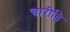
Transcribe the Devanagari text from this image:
चारीहि